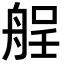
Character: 𮎏